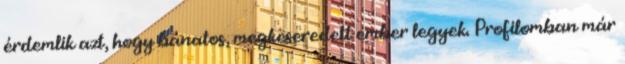
érdemlik azt, hogy bánatos, megkeseredett ember legyek. Profilomban már